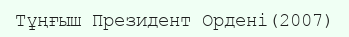
Тұңғыш Президент Ордені(2007)